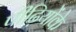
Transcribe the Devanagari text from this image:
पीढ़ियोंके